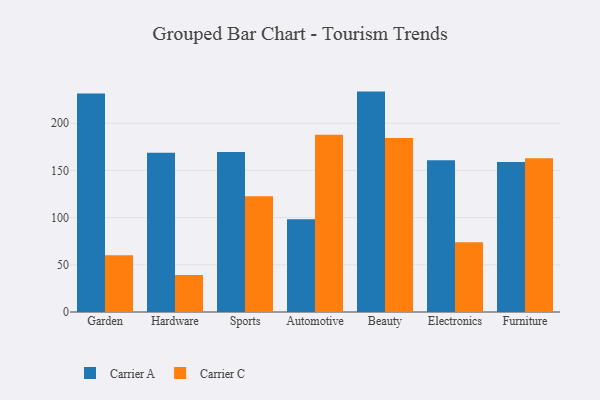
{"axis": {"x": "Category", "y": "Waste Production (Tons)"}, "legend": ["Carrier A", "Carrier C"], "data": [{"x": "Garden", "y": 231.6, "type": "Carrier A"}, {"x": "Garden", "y": 60.1, "type": "Carrier C"}, {"x": "Hardware", "y": 168.6, "type": "Carrier A"}, {"x": "Hardware", "y": 39.2, "type": "Carrier C"}, {"x": "Sports", "y": 169.6, "type": "Carrier A"}, {"x": "Sports", "y": 122.6, "type": "Carrier C"}, {"x": "Automotive", "y": 98.3, "type": "Carrier A"}, {"x": "Automotive", "y": 187.8, "type": "Carrier C"}, {"x": "Beauty", "y": 233.5, "type": "Carrier A"}, {"x": "Beauty", "y": 184.4, "type": "Carrier C"}, {"x": "Electronics", "y": 160.8, "type": "Carrier A"}, {"x": "Electronics", "y": 73.9, "type": "Carrier C"}, {"x": "Furniture", "y": 158.8, "type": "Carrier A"}, {"x": "Furniture", "y": 163.0, "type": "Carrier C"}]}